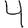
Digit: 4